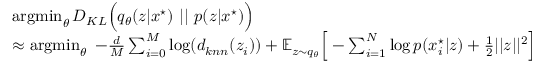
\begin{array} { r l } { } & { \operatorname * { a r g m i n } _ { \theta } D _ { K L } \Big ( q _ { \theta } ( z | x ^ { \star } ) \ | | \ p ( z | x ^ { \star } ) \Big ) } \\ & { \approx \operatorname * { a r g m i n } _ { \theta } \ - \frac { d } { M } \sum _ { i = 0 } ^ { M } \log ( d _ { k n n } ( z _ { i } ) ) + \mathbb { E } _ { z \sim q _ { \theta } } \Big [ - \sum _ { i = 1 } ^ { N } \log p ( x _ { i } ^ { \star } | z ) + \frac { 1 } { 2 } | | z | | ^ { 2 } \Big ] } \end{array}